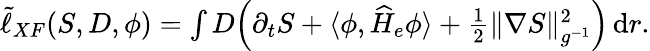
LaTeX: \begin{array}{r}{\tilde{\ell}_{XF}(S,D,\phi)=\int D\Big(\partial_{t}S+\langle\phi,\widehat H_{e}\phi\rangle+\frac{1}{2}\| \nabla S\| _{g^{-1}}^{2}\Big)\, \mathrm{d}r.}\end{array}